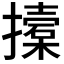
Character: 𢷌